Vaccine operations Central Provinces 1868-1885 - 1868-1885
Year: 1868
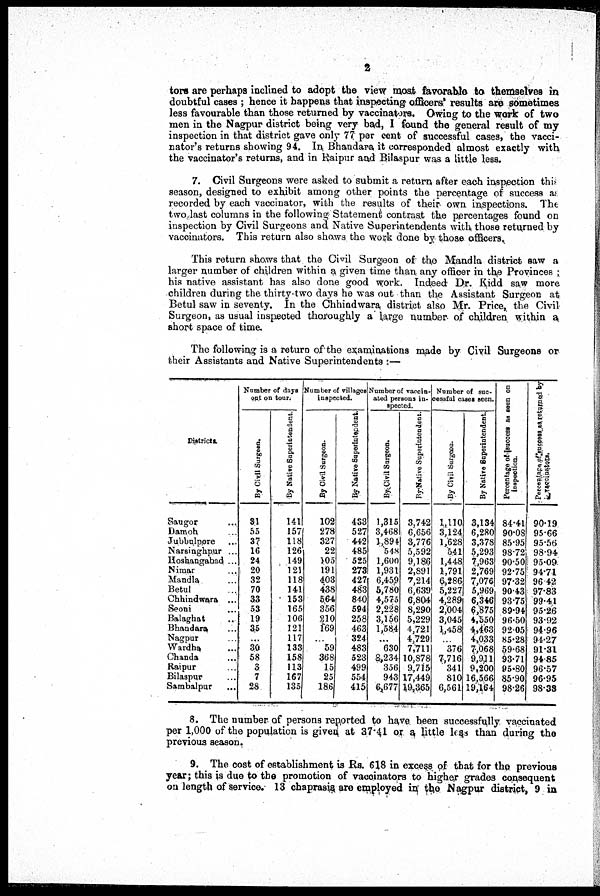
2
tors are perhaps inclined to adopt the view most favorable to themselves in
doubtful cases ; hence it happens that inspecting officers' results are sometimes
less favourable than those returned by vaccinators. Owing to the work of two
men in the Nagpur district being very bad, I found the general result of my
inspection in that district gave only 77 per cent of successful cases, the vacci-
nator's returns showing 94. In Bhandara it corresponded almost exactly with
the vaccinator's returns, and in Raipur and Bilaspur was a little less.
7. Civil Surgeons were asked to submit a return after each inspection this
season, designed to exhibit among other points the percentage of success as
recorded by each vaccinator, with the results of their own inspections. The
two last columns in the following Statement contrast the percentages found on
inspection by Civil Surgeons and Native Superintendents with those returned by
vaccinators. This return also shows the work done by those officers.
This return shows that the Civil Surgeon of the Mandla district saw a
larger number of children within a given time than any officer in the Provinces ;
his native assistant has also done good work. Indeed Dr. Kidd saw more
children during the thirty-two days he was out than the Assistant Surgeon at
Betul saw in seventy. In the Chhindwara district also Mr. Price, the Civil
Surgeon, as usual inspected thoroughly a large number of children within a
short space of time.
The following is a return of the examinations made by Civil Surgeons or
their Assistants and Native Superintendents :—
Districts.
Saugor ...
Damoh ...
Jubbulppre ...
Narsinghpur ...
Hoshangahad ...
Nimar ...
Mandla ...
Betul ...
Chhindwara ...
Seoni ...
Balaghat ...
Bhandara ...
Nagpur ...
Wardha ...
Chanda ...
Raipur ...
Bilaspur ...
Sambalpur ...
Number of days
out on tour.
By Civil Surgeon.
31
55
37
16
24
20
32
70
33
53
19
35
...
30
58
3 7
28
By Native Superintendent.
141
157
118
126
149
121
118
141
153
165
106
121
117
133
158
113
167
135
Number of villages
inspected.
By Civil Surgeon.
102
278
327
22
105
191
403
438
564
356
210
169
...
59
368
15
25
186
By
Native Superintendent.
433
527
442
485
525
273
427
483
840
594
258
463
324
483
523
499
554
415
Number of vaccin-
ated persons in.
spected.
By Civil Surgeon.
1,315
3,468
1,894
548
1,600
1,931
6,459
5,780
4,575
2,228
3,156
l,584
...
630
8,234
356
943
6,677
By Native Superintendent.
3,742
6,656
3,776
5,592
9,86
2,891
7,214
6,639
6,804
8,290
5,229
4,721
4,729
7,711
10,878
9,715
17,449
19,365
Number of suc-
cessful cases seen.
By Civil Surgeon.
1,110
3,124
1,628
541
1,448
1,791
6,286
5,227
4,289
2,004
3,045
1,458
...
376
7,716
341
810
6,561
By Native Superintendent.
3,134
6,280
3,378
5,293
7,963
2,769
7,076
5,969
6,346
6,875
4,550
4,463
4,033
7,068
9,911
9,200
16,566
19,164
Percentage of success as seen on
inspection.
84.41
90.08
85.95
98.72
90.50
92.75
97.32
90.43
93.75
89.94
96.50
92.05
85.28
59.68
93.71
95.80
85.90
98.26
Percentage of success as returned by
vaccinators.
90.19
95.66
95.56
98.94
95.09
94.71
96.42
97.83
99.41
95.26
93.92
94.96
94.27
91.31
94.85
96.57
96.95
98.33
8. The number of persons reported to have been successfully vaccinated
per 1,000 of the population is given at 37.41 or a little less than during the
previous season.
9. The cost of establishment is Rs. 618 in excess of that for the previous
year; this is due to the promotion of vaccinators to higher grades consequent
on length of service. 13 chaprasis are employed in the Nagpur district, 9 in